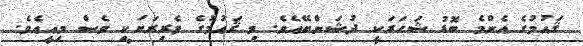
ޤައުމުގެ އެންމެ ބޮޑު ޝަހަރަކީ ދުޝަންބޭއެވެ. މި ޤައުމުގެ ވެރިރަށަކީ ވެސް މިއީއެވެ.